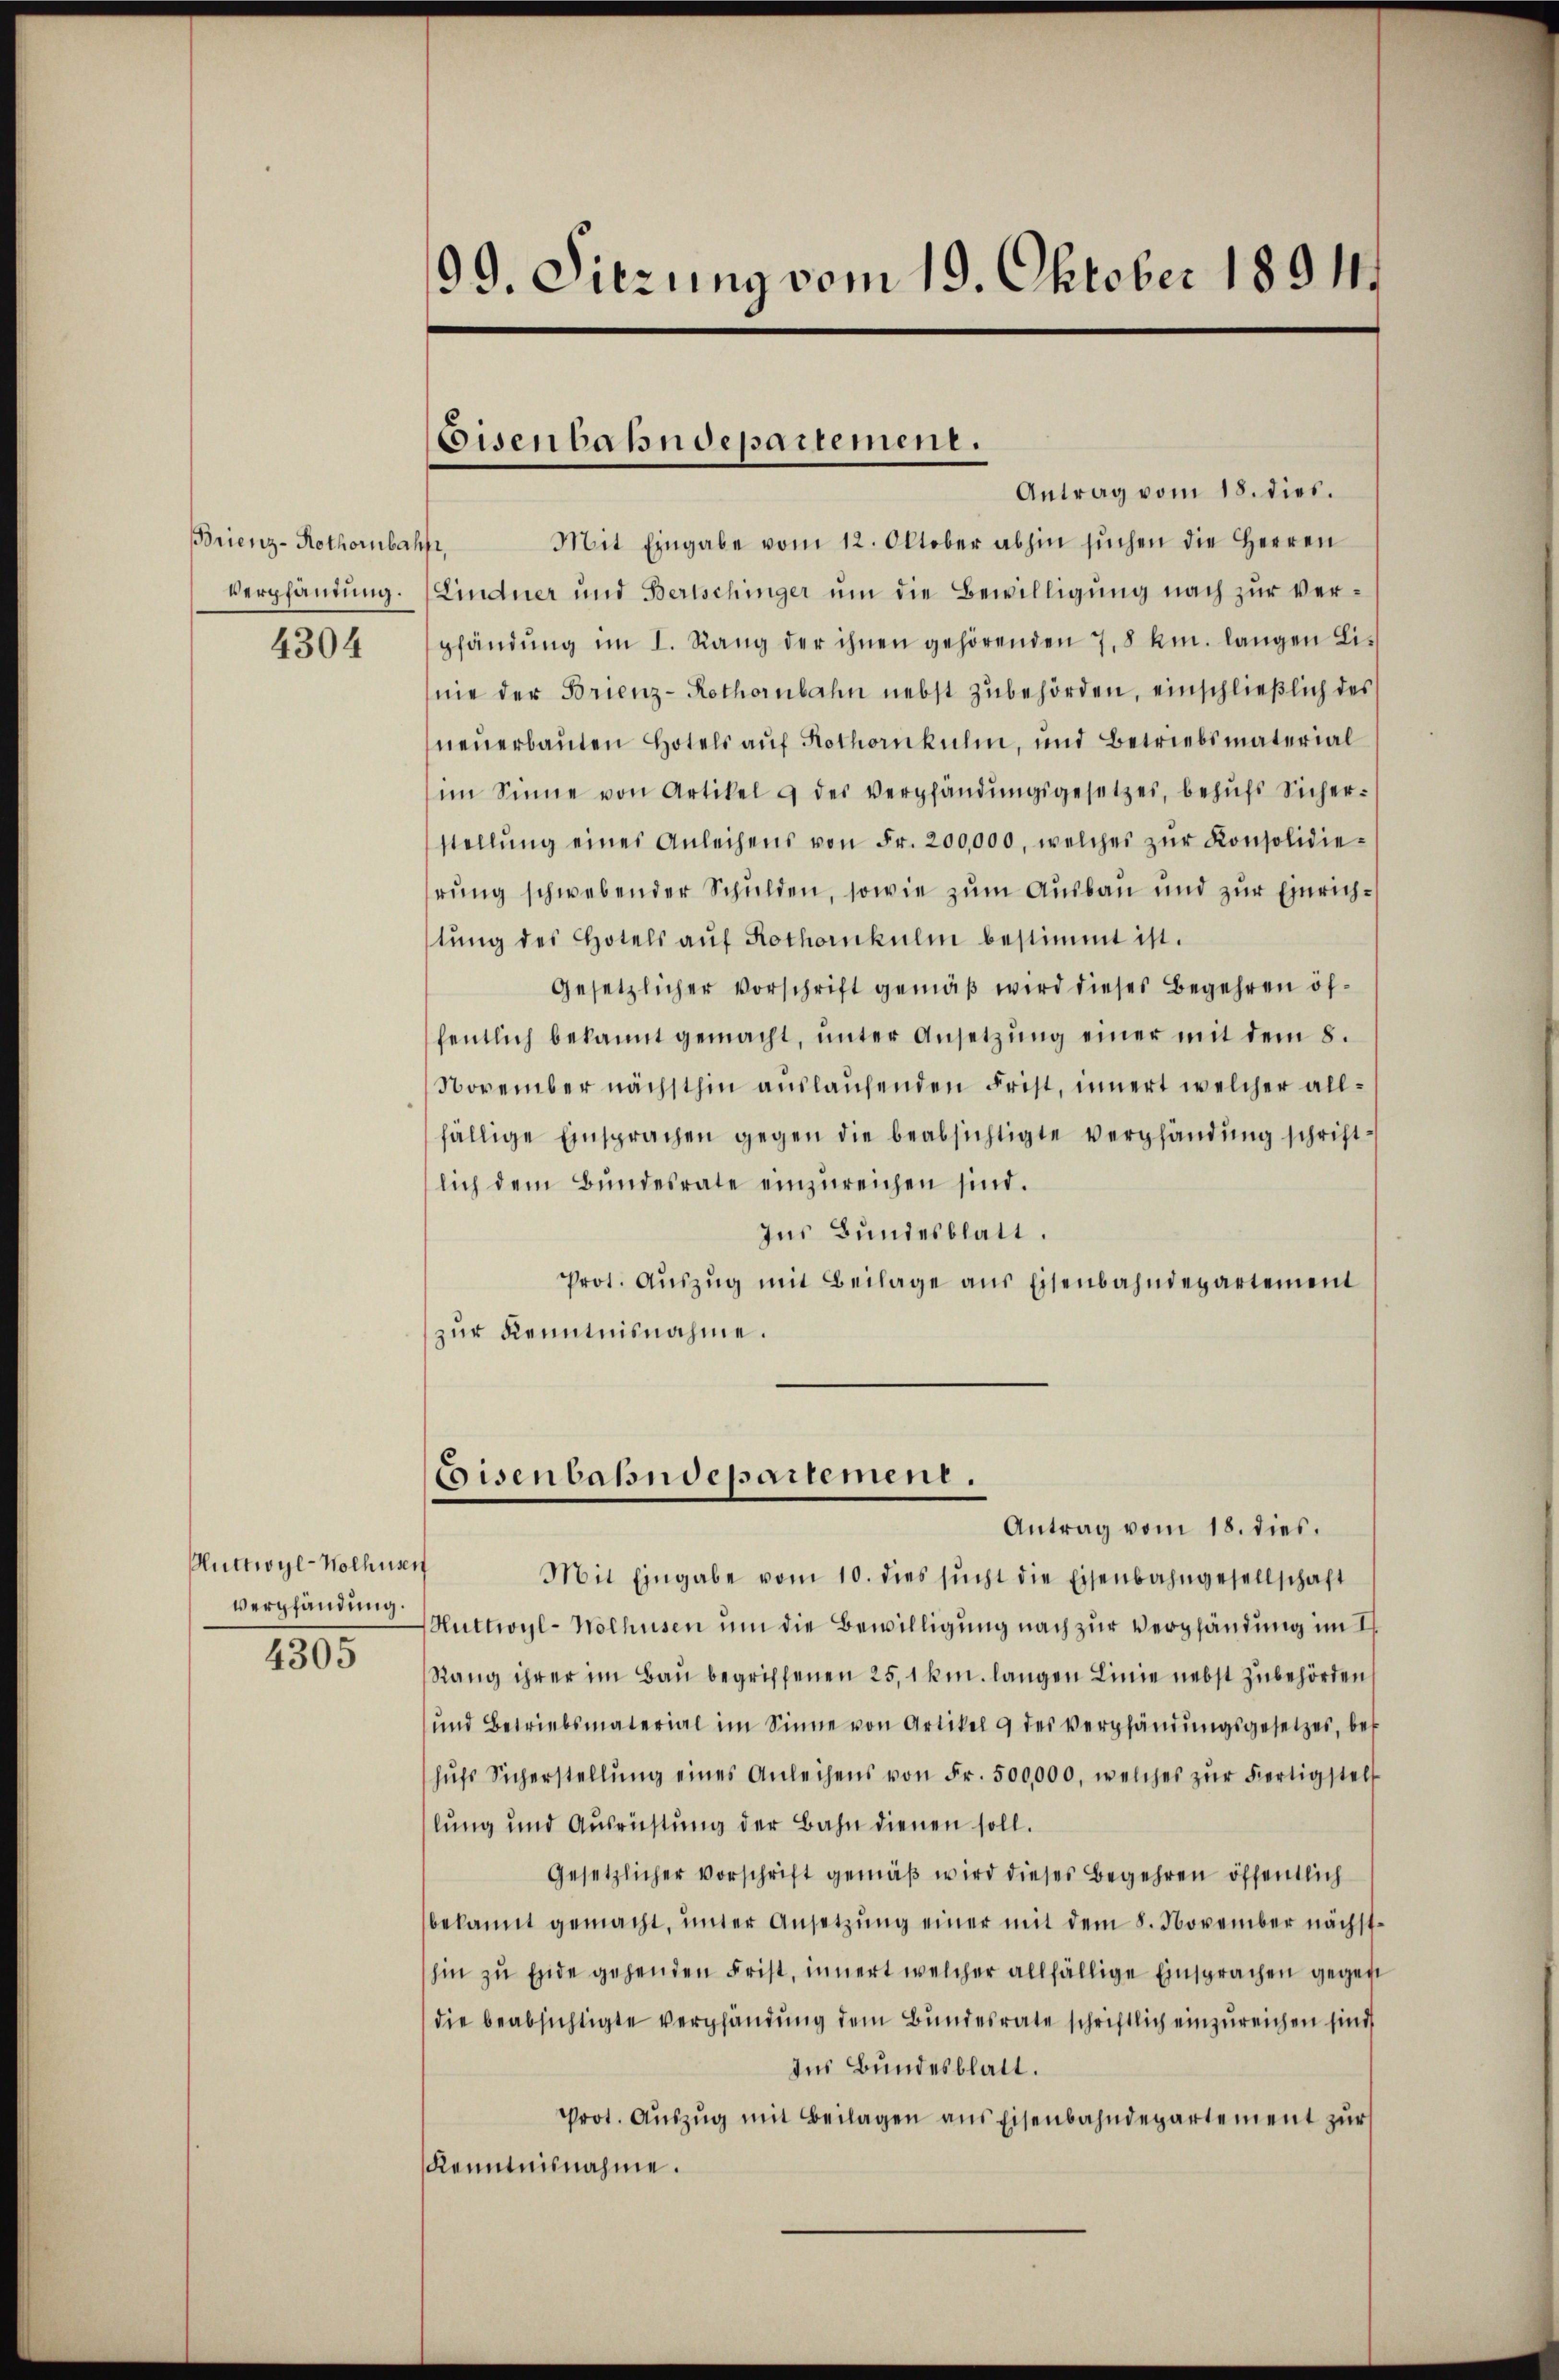
Brienz-Rothorubahft,
Verpfändung.
4304

Huttwyl-Wolhusen
Verpfändung.
4305

99. Dierung vom 19. Oktober 1891

Antrag vom 18. dies.
Mit Eingabe vom 12. Oktober abhin sŭchen die Herren
Lindner und Bertschinger um die Bewilligung nach zur Verpfändung im I. Rang der ihnen gehörenden 7,8 km. langen Li-
nie der Brienz-Rothornbahn nebst zŭbehörden, einschlieβlich des
neuerbauten Hotels auf Kothenkulin, und Betriebsmaterial
im Sinne von Artikel & des Verpfändŭngsgesetzes, behŭfs Sicher-
stellŭng eines Anleihens von Fr. 200,000, welches zŭr Konsolidierung schwebender Schulden, sowie zum Ausbau und zur Einrichtŭng des Hotels aŭf Rothornkulm bestimmt ist.
gesetzlicher Vorschrift gemäß wird dieses Begehren öffentlich bekannt gemacht, unter Ansetzung einer mit dem 8.
November nächsthin auslaufenden Frist, innert welcher allfällige Einsprachen gegen die beabsichtigte Verpfändung schriftlich dem Bŭndesrate einzŭreichen sind.
Ins Bundesblatt.
Prot. Aŭszŭg mit Beilage aus Eisenbahndepartement
zur Kenntnisnahme.

Eisenbahndepartement.

Eisenbahndepartement.
Antrag vom 18. dies.

Mit Eingabe vom 10. dies sŭcht die Eisenbahngesellschaft
Huttwyl-Nolhusen um die Bewilligung nach zur Verpfändung im I
Rang ihrer im Bau begriffenen 25, 1 km. langen Linie nebst Zubehörden
und Betriebsmaterial im Sinne von Artikel 9 des Verpfändŭngsgesetzes, bet
hŭfs Sicherstellŭng eines Anleihens von Fr. 500,000, welches zŭr Fortigstell
lung und Ausrichtung der Bahn dienen soll.
Gesetzlicher Vorschrift gemäβ wird dieses Begehren öffentlich
bekannt gemacht, ŭnter Ansetzŭng einer mit dem 8. November nächst-
hin zŭ Ende gehenden Frist, innert welcher allfällige Einsprachen gegen
die beabsichtigte Verpfändung dem Bundesrate schriftlich einzureichen sind,
Ins Bundesblatt.
Prot. Aŭszŭg mit Beilagen ans Eisenbahndepartement zŭr
Kenntnisnahme.